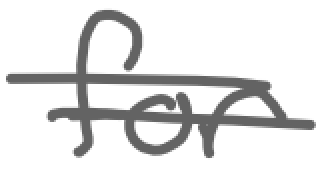
Text: for
Cross-out: wave
Writing tool: digital_gray